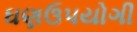
ઘણઉપયોગી